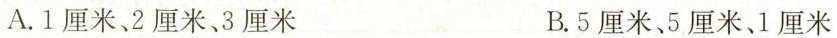
A.1厘米、2厘米、3厘米 B.5厘米、5厘米、1厘米